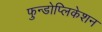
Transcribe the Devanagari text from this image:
फुन्डोप्लिकेशन